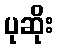
ပုဆိုး